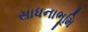
સાધનાભૂમિ